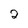
Character: 2